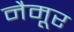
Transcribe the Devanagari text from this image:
नैमूर